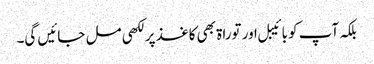
بلکہ آپ کو بائیبل اور توراۃ بھی کاغذ پر لکھی مل جائیں گی۔